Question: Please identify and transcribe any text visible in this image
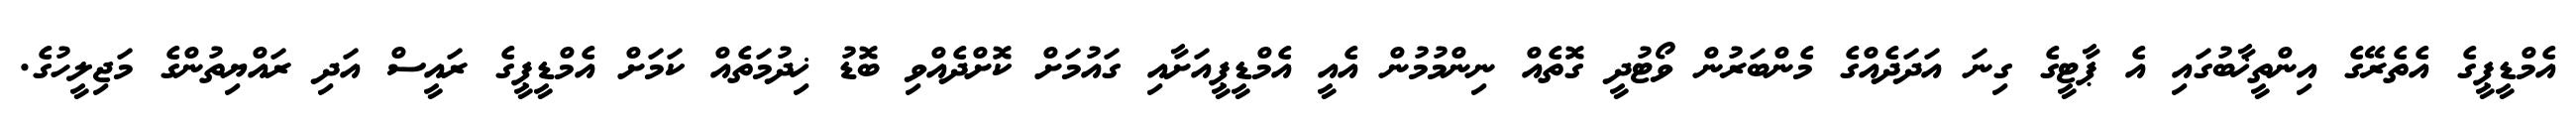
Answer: އެމްޑީޕީގެ އެތެރޭގެ އިންތީޚާބުގައި އެ ޕާޓީގެ ގިނަ އަދަދެއްގެ މެންބަރުން ވޯޓުދީ ގޮތެއް ނިންމުމުން އެއީ އެމްޑީޕީއަށާއި ގައުމަށް ކޮށްދެއްވި ބޮޑު ޚިދުމަތެއް ކަމަށް އެމްޑީޕީގެ ރައީސް އަދި ރައްޔިތުންގެ މަޖިލީހުގެ.